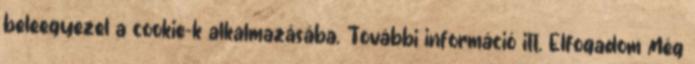
beleegyezel a cookie-k alkalmazásába. További információ itt. Elfogadom Még